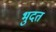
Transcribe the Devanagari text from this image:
भुदत